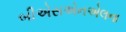
બીએસએનએલના